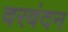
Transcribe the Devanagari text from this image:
वरवंदन